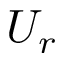
U _ { r }